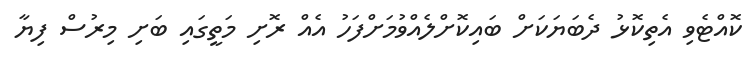
ކޮއްޓެވި އެތިކޮޅު ދެބަޔަކަށް ބައިކޮށްލެއްވުމަށްފަހު އެއް ރޮށި މަތީގައި ބަށި މިރުސް ފިޔާ